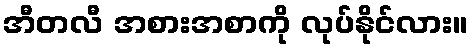
အီတလီ အစားအစာကို လုပ်နိုင်လား။